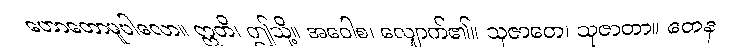
ဟောတောမူပါလော။ ဣတိ၊ ဤသို့။ အဝေါစ၊ လျှောက်၏။ သုဇာတေ၊ သုဇာတာ။ တေန